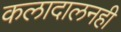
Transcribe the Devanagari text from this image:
कलादालनही